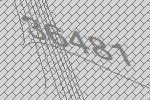
36481